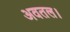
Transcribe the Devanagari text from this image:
अवतल।